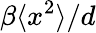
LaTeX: \beta\langle x^{2}\rangle/d